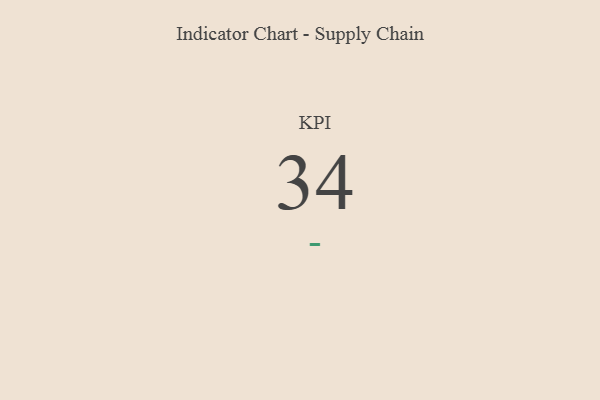
{"axis": {"x": "KPI", "y": "Value"}, "legend": [""], "data": [{"x": "KPI", "y": 34, "type": ""}]}